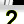
Digit: 2